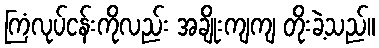
ကြံလုပ်ငန်းကိုလည်း အချိုးကျကျ တိုးခဲ့သည်။